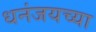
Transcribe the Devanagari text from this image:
धनंजयच्या